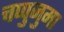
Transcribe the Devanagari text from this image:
चप्पुनुमा